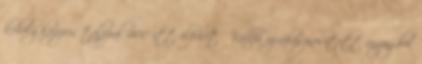
kehely közepes talppal 400 itt elérhető Vállfa újrahasznosított anyagból